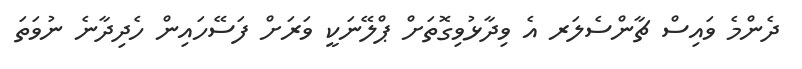
ދެންމެ ވައިސް ޗާންސެލަރ އެ ވިދާޅުވިގޮތަށް ޕްލޭނަކީ ވަރަށް ފަސޭހައިން ހެދިދާނެ ނުވަތަ